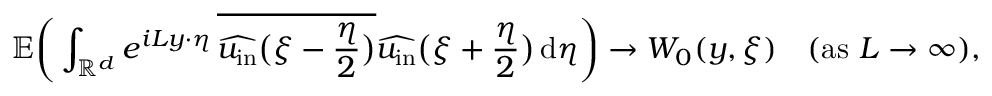
\mathbb { E } \bigg ( \int _ { \mathbb { R } ^ { d } } e ^ { i L y \cdot \eta } \, \overline { { \widehat { u _ { \mathrm { i n } } } \big ( \xi - \frac { \eta } { 2 } \big ) } } \widehat { u _ { \mathrm { i n } } } \big ( \xi + \frac { \eta } { 2 } \big ) \, \mathrm { d } \eta \bigg ) \to W _ { 0 } ( y , \xi ) \quad ( \mathrm { a s \ } L \to \infty ) ,